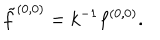
{ \tilde { f } ^ { ( 0 , 0 ) } = k ^ { - 1 } f ^ { ( 0 , 0 ) } . }